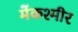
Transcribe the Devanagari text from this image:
मेंकश्मीर